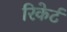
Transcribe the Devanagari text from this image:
रिकेर्ट